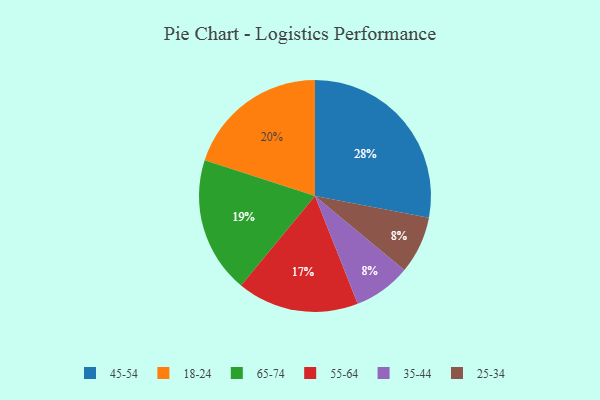
{"axis": {"x": "Category", "y": "Percentage"}, "legend": ["18-24", "25-34", "35-44", "45-54", "55-64", "65-74"], "data": [{"x": "45-54", "y": 28, "type": "45-54"}, {"x": "55-64", "y": 17, "type": "55-64"}, {"x": "18-24", "y": 20, "type": "18-24"}, {"x": "35-44", "y": 8, "type": "35-44"}, {"x": "65-74", "y": 19, "type": "65-74"}, {"x": "25-34", "y": 8, "type": "25-34"}]}